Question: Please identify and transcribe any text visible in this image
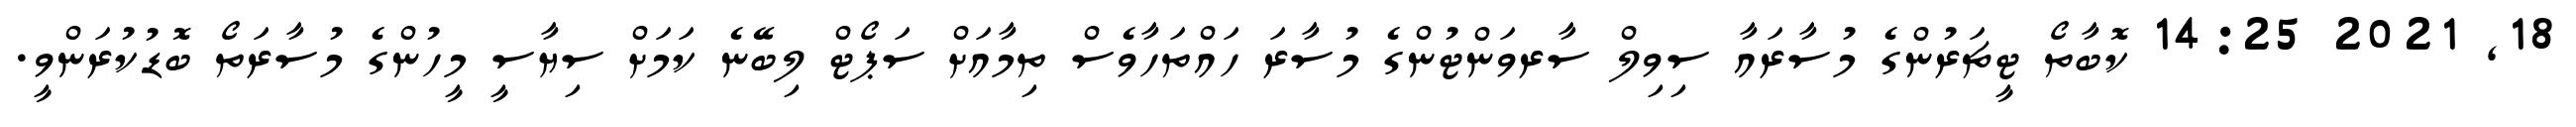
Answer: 18, 2021 14:25 ކޮބާތޯ ޓީޗަރުންގެ މުސާރައާ ސިވިލް ސާރވަންޓުންގެ މުސާރަ ހައްތަހާވެސް ތިމާއަށް ސަޕޯޓް ލިބޭނެ ކަމަށް ސިޔާސީ މީހުންގެ މުސާރަތޯ ބޮޑުކުރަންވީ.